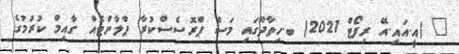
_ (އީ.އައި.އޭ ރިފޯޓް 2021) ބ.ހިތާދޫގައި މަސް ޕްރޮސެސްކުރާ ޕްލާންޓެއް ގާއިމް ކުރުމުގެ